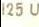
125 U